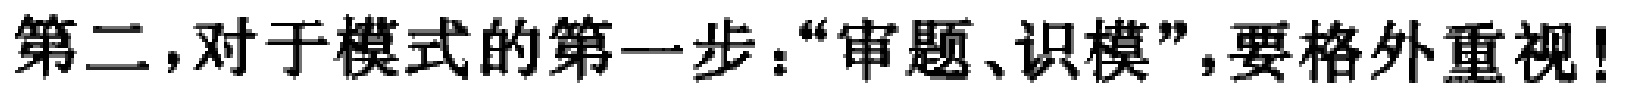
第二，对于模式的第一步：“审题、识模”，要格外重视！